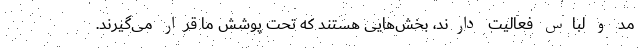
مد و لباس فعالیت دارند، بخش‌هایی هستند که تحت پوشش ما قرار می‌گیرند.